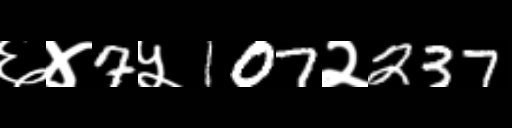
Text: ६४7५107२237